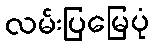
လမ်းပြမြေပုံ